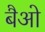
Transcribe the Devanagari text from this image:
बैओ